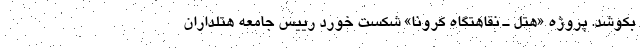
بکوشد. پروژه «هتل ـ نقاهتگاهِ کرونا» شکست‌ خورد رییس جامعه هتلداران